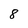
Character: 8